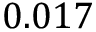
0 . 0 1 7